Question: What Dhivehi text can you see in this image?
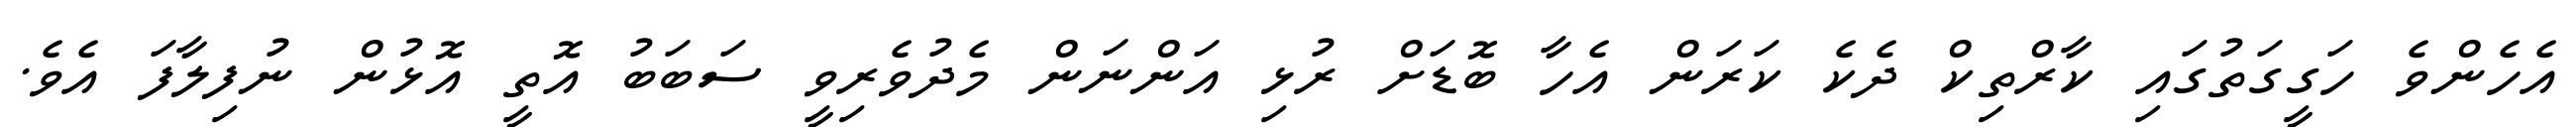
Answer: އެހެންވެ ހަގީގަތުގައި ކާރްތިކް ދެކެ ކަރަން އެހާ ބޮޑަށް ރުޅި އަންނަން މެދުވެރިވީ ސަބަބު އޮތީ އޮޅުން ނުފިލާފަ އެވެ.